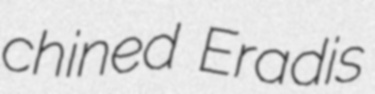
chined Eradis